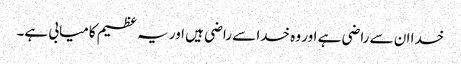
خدا ان سے راضی ہے اور وہ خدا سے راضی ہیں اور یہ عظیم کامیابی ہے۔